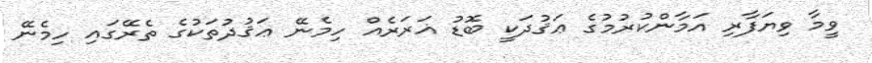
ވީމާ ވިޔަފާރި އަމާންކުރުމުގެ ޢަޤުދަކީ ބޮޑު ޣަރަރެއް ހިމެނޭ ޢަޤުދުތަކުގެ ތެރޭގައި ހިމެނޭ